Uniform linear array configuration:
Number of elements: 4
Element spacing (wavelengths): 0.25
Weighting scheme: uniform
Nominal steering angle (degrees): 60
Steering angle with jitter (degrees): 59.231
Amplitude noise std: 0.05
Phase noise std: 0.05

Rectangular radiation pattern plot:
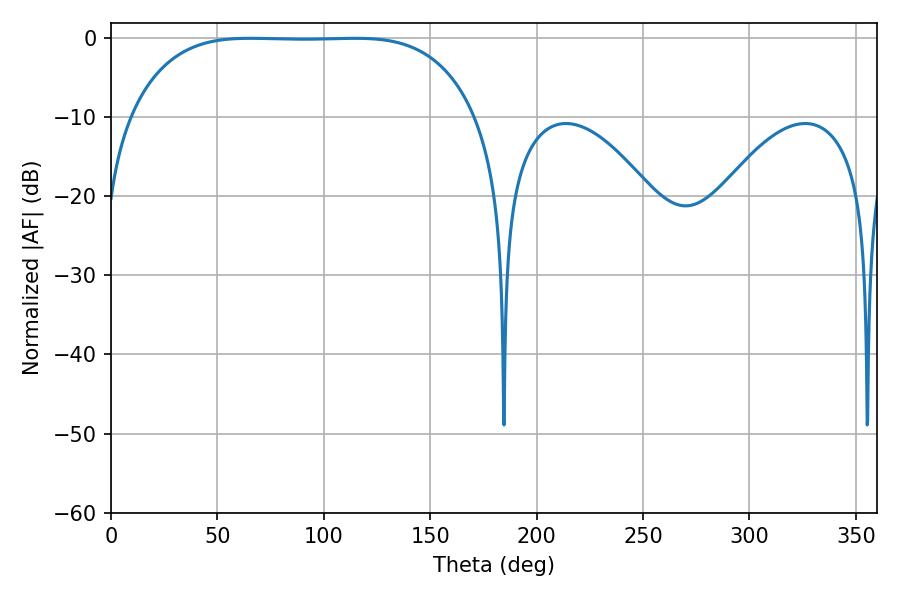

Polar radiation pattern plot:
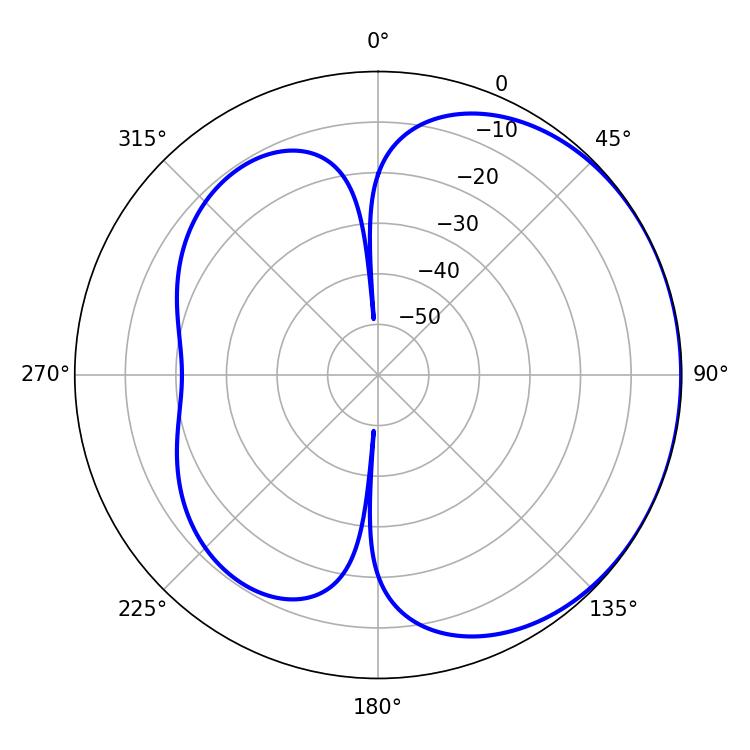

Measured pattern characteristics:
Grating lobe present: FALSE
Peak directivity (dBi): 0.8726
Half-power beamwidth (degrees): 125.64
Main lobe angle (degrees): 65.34